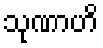
သုဏာဟိ